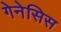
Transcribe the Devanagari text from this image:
गेनेसिस